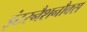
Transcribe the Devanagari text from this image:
इंटरनैशनौक्स